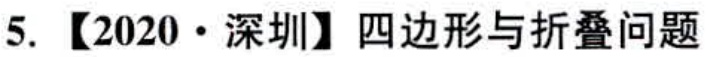
5. 【2020·深圳】四边形与折叠问题